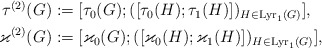
\begin{align*}\begin{aligned}\tau^{(2)}(G) &:=\lbrack\tau_0(G);(\lbrack\tau_0(H);\tau_1(H)\rbrack)_{H\in\mathrm{Lyr}_1(G)}\rbrack,\\\varkappa^{(2)}(G) &:=\lbrack\varkappa_0(G);(\lbrack\varkappa_0(H);\varkappa_1(H)\rbrack)_{H\in\mathrm{Lyr}_1(G)}\rbrack,\end{aligned}\end{align*}